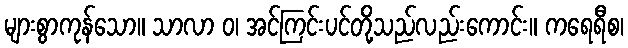
များစွာကုန်သော။ သာလာ ဝ၊ အင်ကြင်းပင်တို့သည်လည်းကောင်း။ ကရေရီစ၊